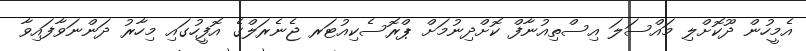
އެމީހުން ދޫކޮށްލި މައްސަލަ އިސްތިއުނާފް ކޮށްދިނުމަށް ޕްރޮސެކިއުޓަރ ޖެނެރަލްގެ އޮފީހުގައި މިހާރު ދަންނަވާފައިވާ